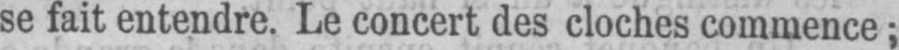
se fait entendre. Le concert des cloches commence;